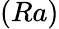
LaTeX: (Ra)